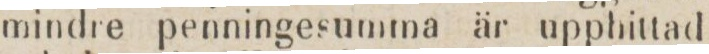
mindre penningesumma är upphittad